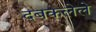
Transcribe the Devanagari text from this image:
दबकलेले